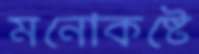
মনোকষ্টে